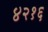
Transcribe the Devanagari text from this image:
४२१६